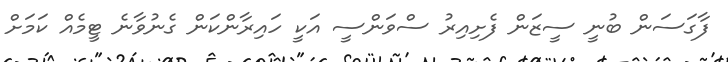
ފާގަސަން ބުނީ ސީޒަން ފެށިއިރު ސްވަންސީ އަކީ ހައިރާންކަން ގެނުވާނެ ޓީމެއް ކަމަށް